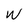
Character: W